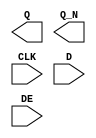
module sky130_fd_sc_ms__edfxbp (
    Q  ,
    Q_N,
    CLK,
    D  ,
    DE
);

    output Q  ;
    output Q_N;
    input  CLK;
    input  D  ;
    input  DE ;

    // Voltage supply signals
    supply1 VPWR;
    supply0 VGND;
    supply1 VPB ;
    supply0 VNB ;

endmodule